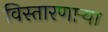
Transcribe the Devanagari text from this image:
विस्तारणाऱ्या